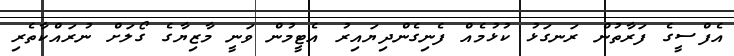
އެފްސީގެ ފަރާތުން ރަނގަޅު ކުޅުމެއް ފެނިގެންދިޔައިރު އެޓީމުން ވަނީ މާޒިޔާގެ ގޯލަށް ނުރައްކާތެރި